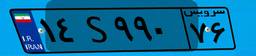
۱۹S۰۵۱۴۹